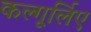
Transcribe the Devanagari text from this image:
कल्गूर्लिए